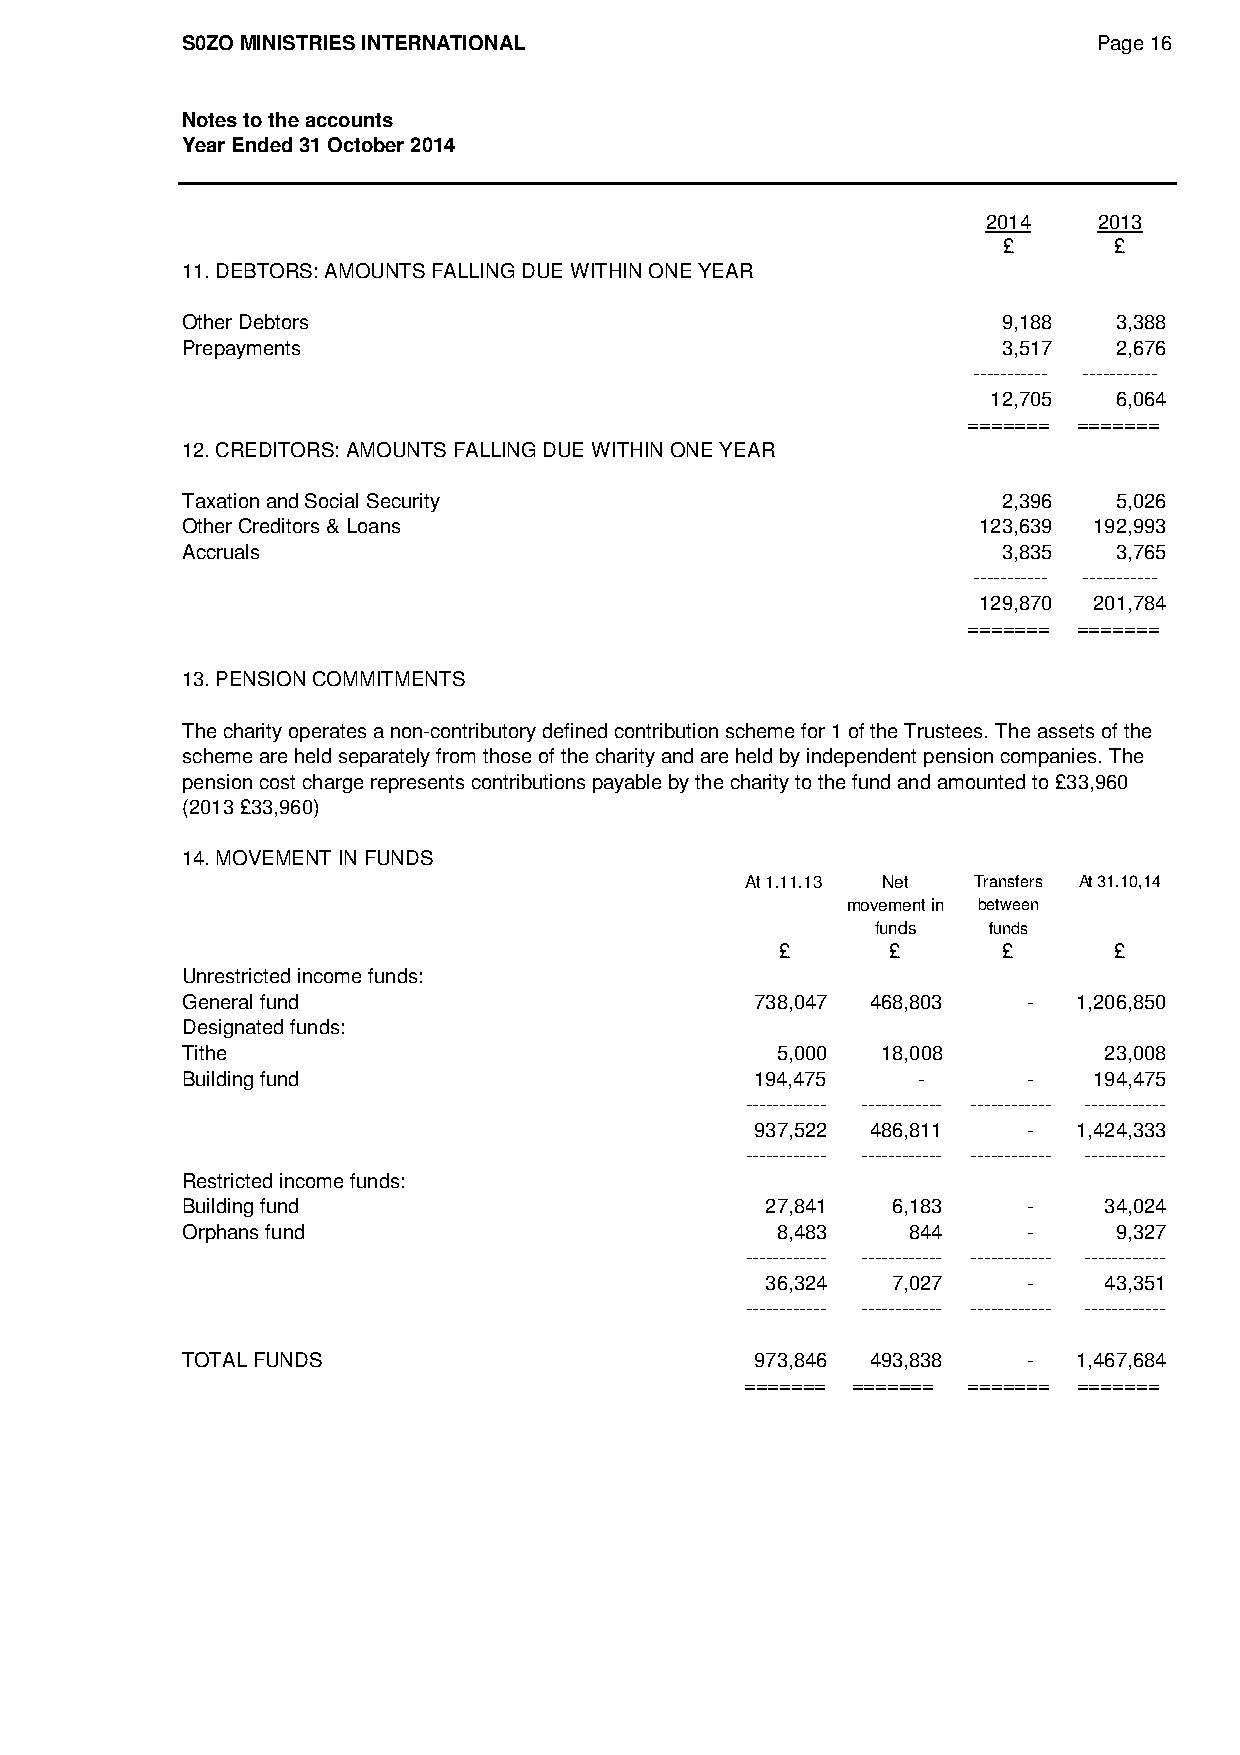
S0ZO MINISTRIES INTERNATIONAL                                Page 16
 Notes to the accounts
 Year Ended 31 October 2014
 2014    2013
 £       £
 11. DEBTORS: AMOUNTS FALLING DUE WITHIN ONE YEAR
 Other Debtors                                         9,188   3,388
 Prepayments                                           3,517   2,676
 ----------- -----------
 12,705  6,064
 ======= =======
 12. CREDITORS: AMOUNTS FALLING DUE WITHIN ONE YEAR
 Taxation and Social Security                          2,396   5,026
 Other Creditors & Loans                              123,639 192,993
 Accruals                                              3,835   3,765
 ----------- -----------
 129,870 201,784
 ======= =======
 13. PENSION COMMITMENTS
 The charity operates a non-contributory defined contribution scheme for 1 of the Trustees. The assets of the
 scheme are held separately from those of the charity and are held by independent pension companies. The
 pension cost charge represents contributions payable by the charity to the fund and amounted to £33,960
 (2013 £33,960)
 14. MOVEMENT IN FUNDS
 At 1.11.13 Net Transfers At 31.10,14
 movement in between
 funds  funds
 £      £      £       £
 Unrestricted income funds:
 General fund                          738,047 468,803   -  1,206,850
 Designated funds:
 Tithe                                  5,000  18,008         23,008
 Building fund                         194,475    -      -   194,475
 ------------ ------------ ------------ ------------
 937,522 486,811   -  1,424,333
 ------------ ------------ ------------ ------------
 Restricted income funds:
 Building fund                          27,841  6,183    -    34,024
 Orphans fund                           8,483    844     -     9,327
 ------------ ------------ ------------ ------------
 36,324  7,027    -    43,351
 ------------ ------------ ------------ ------------
 TOTAL FUNDS                           973,846 493,838   -  1,467,684
 ======= ======= ======= =======